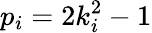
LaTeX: p_{i}=2k_{i}^{2}-1